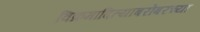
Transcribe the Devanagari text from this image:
विक्रमादित्याबरोबरच्या